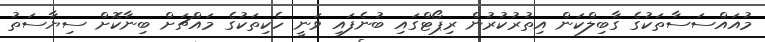
މުއައްސަސާތަކުގެ ގާބިލްކަން އިތުރުކުރުން ރިޕޯޓްގައި ބުނެފައި ވަނީ ހެކިތަކުގެ މައްޗަށް ބިނާކޮށް ސިޔާސަތު